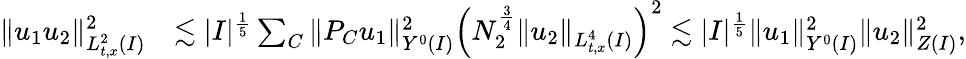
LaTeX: \begin{array}{rl}{\| u_{1}u_{2}\| _{L_{t,x}^{2}(I)}^{2}}&{\lesssim|I|^{\frac{1}{5}}\sum_{C}\| P_{C}u_{1}\| _{Y^{0}(I)}^{2}\left(N_{2}^{\frac{3}{4}}\| u_{2}\| _{L_{t,x}^{4}(I)}\right)^{2}\lesssim|I|^{\frac{1}{5}}\| u_{1}\| _{Y^{0}(I)}^{2}\| u_{2}\| _{Z(I)}^{2},}\end{array}